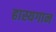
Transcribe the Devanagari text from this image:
हास्यगान